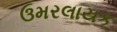
ઉમરલાયક